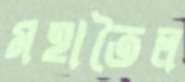
মহাতৈল